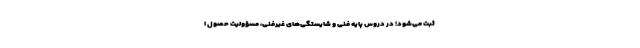
ثبت می‌شود؛ در دروس پایه فنی و شایستگی‌های غیرفنی، مسؤولیت حصول ا